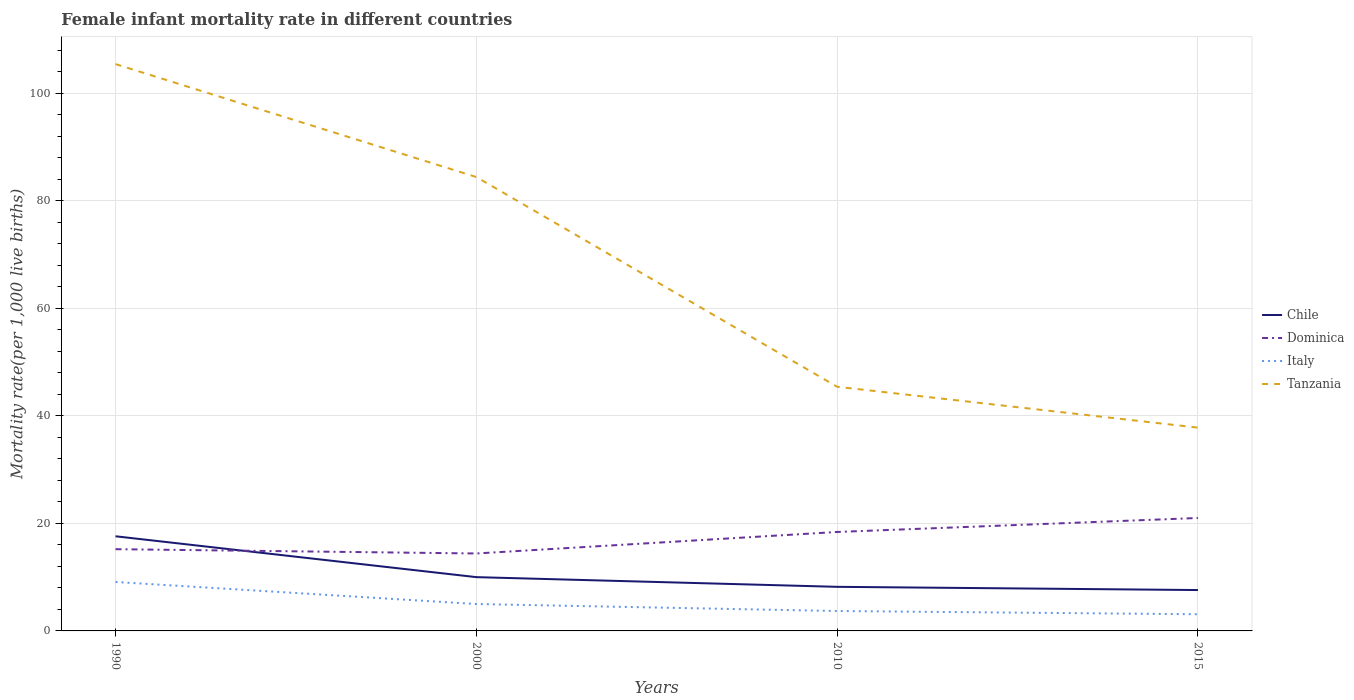
| Years | Chile | Dominica | Italy | Tanzania |
 | --- | --- | --- | --- | --- |
 | 1990 | 17.6 | 15.2 | 9.1 | 105 |
 | 2000 | 10 | 14.4 | 5 | 84.4 |
 | 2010 | 8.2 | 18.4 | 3.7 | 45.4 |
 | 2015 | 7.6 | 21 | 3.1 | 37.8 |